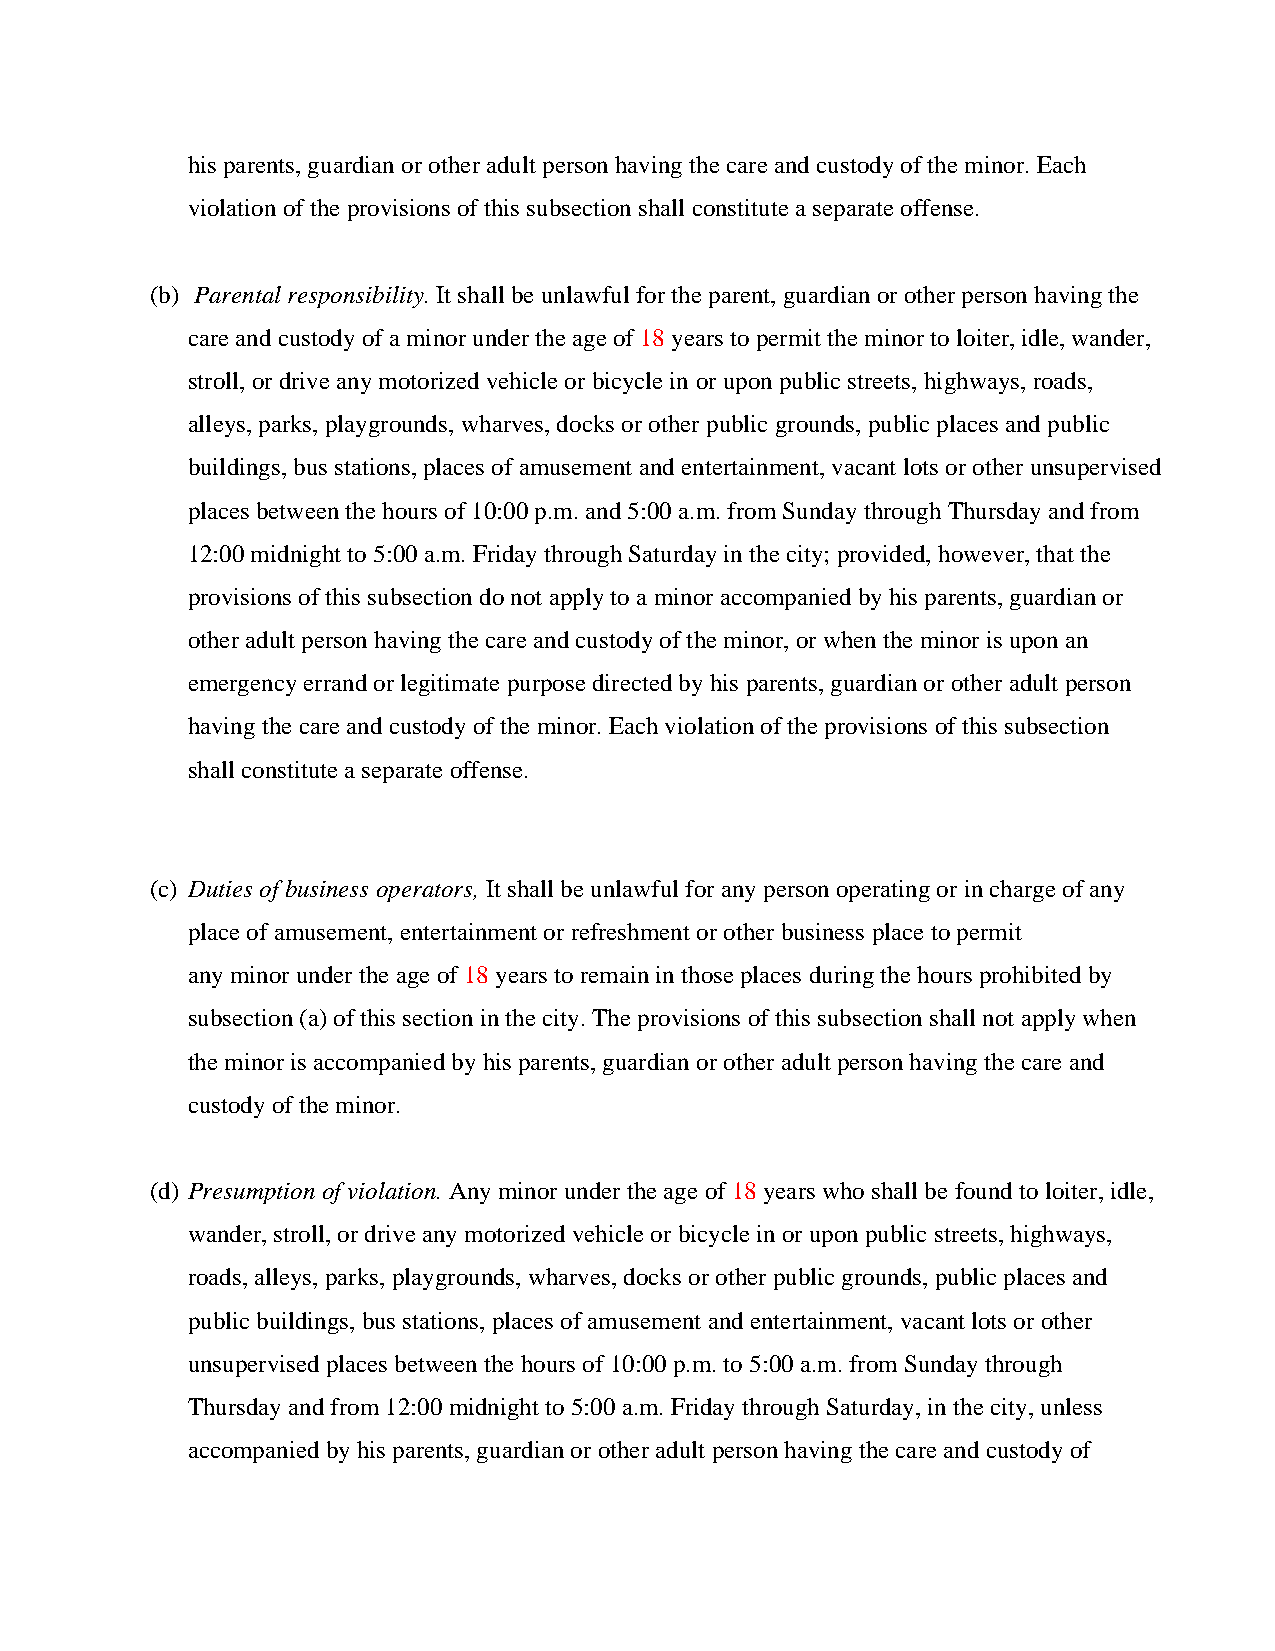
his parents, guardian or other adult person having the care and custody of the minor. Each
 violation of the provisions of this subsection shall constitute a separate offense.
 (b) Parental responsibility. It shall be unlawful for the parent, guardian or other person having the
 care and custody of a minor under the age of 18 years to permit the minor to loiter, idle, wander,
 stroll, or drive any motorized vehicle or bicycle in or upon public streets, highways, roads,
 alleys, parks, playgrounds, wharves, docks or other public grounds, public places and public
 buildings, bus stations, places of amusement and entertainment, vacant lots or other unsupervised
 places between the hours of 10:00 p.m. and 5:00 a.m. from Sunday through Thursday and from
 12:00 midnight to 5:00 a.m. Friday through Saturday in the city; provided, however, that the
 provisions of this subsection do not apply to a minor accompanied by his parents, guardian or
 other adult person having the care and custody of the minor, or when the minor is upon an
 emergency errand or legitimate purpose directed by his parents, guardian or other adult person
 having the care and custody of the minor. Each violation of the provisions of this subsection
 shall constitute a separate offense.
 (c) Duties of business operators, It shall be unlawful for any person operating or in charge of any
 place of amusement, entertainment or refreshment or other business place to permit
 any minor under the age of 18 years to remain in those places during the hours prohibited by
 subsection (a) of this section in the city. The provisions of this subsection shall not apply when
 the minor is accompanied by his parents, guardian or other adult person having the care and
 custody of the minor.
 (d) Presumption of violation. Any minor under the age of 18 years who shall be found to loiter, idle,
 wander, stroll, or drive any motorized vehicle or bicycle in or upon public streets, highways,
 roads, alleys, parks, playgrounds, wharves, docks or other public grounds, public places and
 public buildings, bus stations, places of amusement and entertainment, vacant lots or other
 unsupervised places between the hours of 10:00 p.m. to 5:00 a.m. from Sunday through
 Thursday and from 12:00 midnight to 5:00 a.m. Friday through Saturday, in the city, unless
 accompanied by his parents, guardian or other adult person having the care and custody of